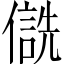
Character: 𪝮